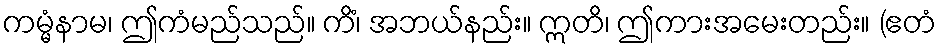
ကမ္မံနာမ၊ ဤကံမည်သည်။ ကိံ၊ အဘယ်နည်း။ ဣတိ၊ ဤကားအမေးတည်း။ (ဧတံ